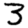
Digit: 3